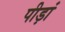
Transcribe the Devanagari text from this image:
पीड़ां